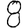
Digit: 8